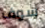
سوف